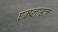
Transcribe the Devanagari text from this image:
एम्प्लाइज